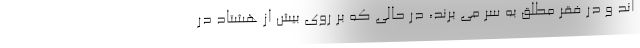
اند و در فقر مطلق به سر می برند، در حالی که بر روی بیش از هشتاد در